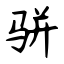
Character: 骈